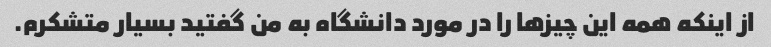
از اینکه همه این چیزها را در مورد دانشگاه به من گفتید بسیار متشکرم.